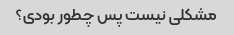
مشکلی نیست پس چطور بودی؟